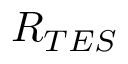
R _ { T E S }